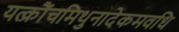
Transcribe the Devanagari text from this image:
यत्क्रौंचमिथुनादेकमवधि